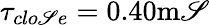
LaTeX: \tau_{clo\mathscr{S}e}=0.40\mathrm{{m\mathscr{S}}}